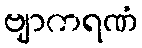
ဗျာကရဏံ